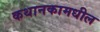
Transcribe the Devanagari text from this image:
कथानकामधील